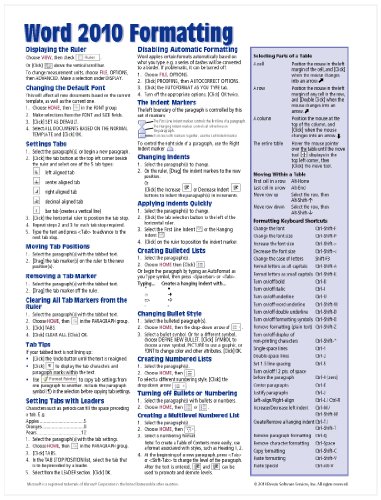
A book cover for Microsoft Word 2010 Formatting Quick Reference Guide (Cheat Sheet of Instructions, Tips & Shortcuts - Laminated Card); Beezix Inc.; Computers & Technology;